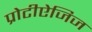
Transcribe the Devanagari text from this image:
प्रोटीऐजिज